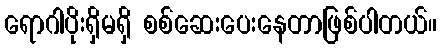
ရောဂါပိုးရှိမရှိ စစ်ဆေးပေးနေတာဖြစ်ပါတယ်။